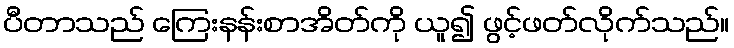
ပီတာသည် ကြေးနန်းစာအိတ်ကို ယူ၍ ဖွင့်ဖတ်လိုက်သည်။